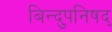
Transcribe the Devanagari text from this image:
बिन्दुपनिषद्